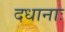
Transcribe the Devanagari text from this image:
दधानाः